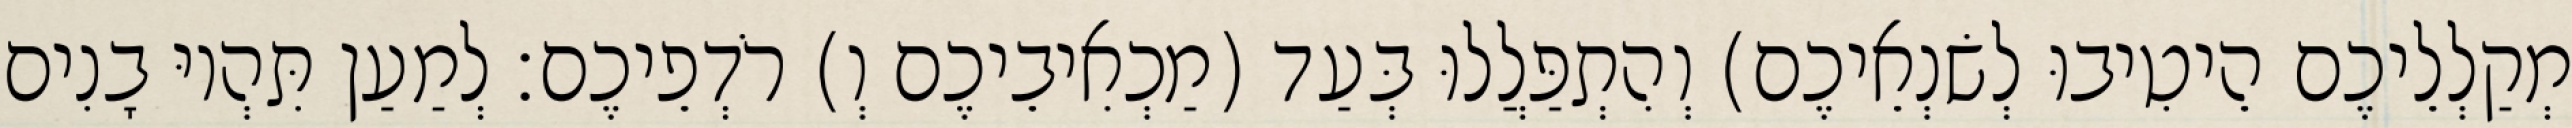
מְקַלְלֵיכֶם הֵיטִיבוּ לְשׂנְאֵיכֶם) וְהִתְפַּלֲלוּ בְּעַד (מַכְאִיבֵיכֶם וְ) רֹדְפֵיכֶם׃ לְמַעַן תִּהְיוּ בָנִים